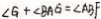
\angle G + \angle B A G = \angle A B F